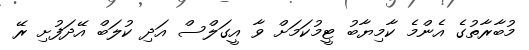
މުބާރާތުގެ އެންމެ ކާމިޔާބު ޓީމުކަމަށް ވާ އީގަލްސް އަދި ކުލަބް އޭދަފުށި ރޭ